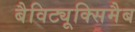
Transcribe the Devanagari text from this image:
बैविट्यूक्सिमैब